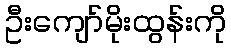
ဦးကျော်မိုးထွန်းကို